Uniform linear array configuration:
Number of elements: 4
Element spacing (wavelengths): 0.25
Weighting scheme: binomial
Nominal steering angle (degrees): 60
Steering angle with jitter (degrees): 60.511
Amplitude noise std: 0.05
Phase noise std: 0.05

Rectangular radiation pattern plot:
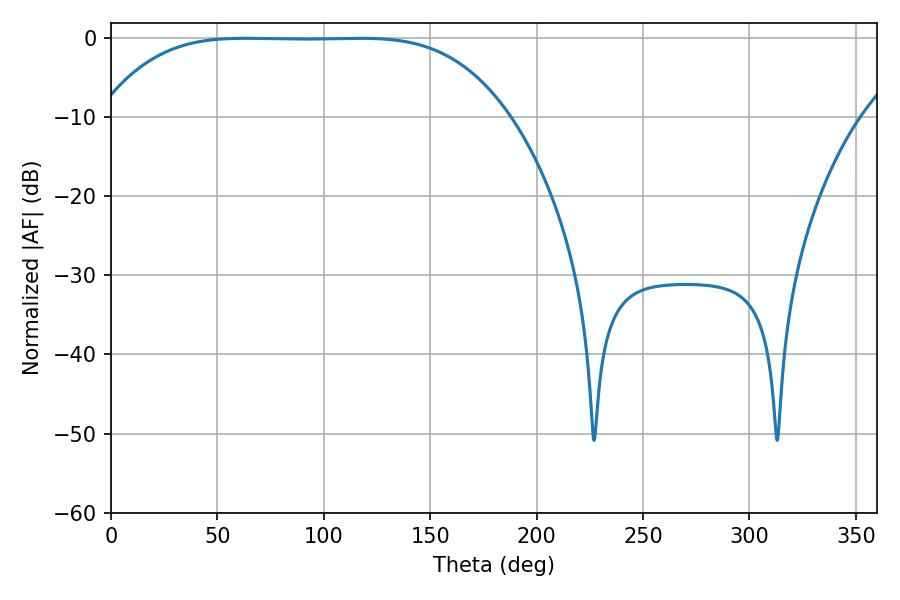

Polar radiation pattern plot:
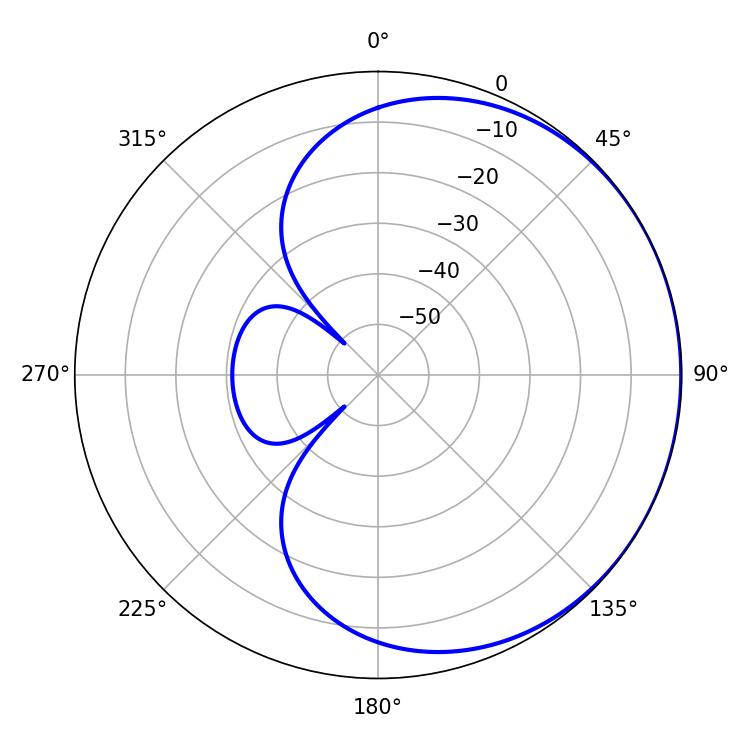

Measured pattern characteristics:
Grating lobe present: FALSE
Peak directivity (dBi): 0.4432
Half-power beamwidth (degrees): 145.44
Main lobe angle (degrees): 63